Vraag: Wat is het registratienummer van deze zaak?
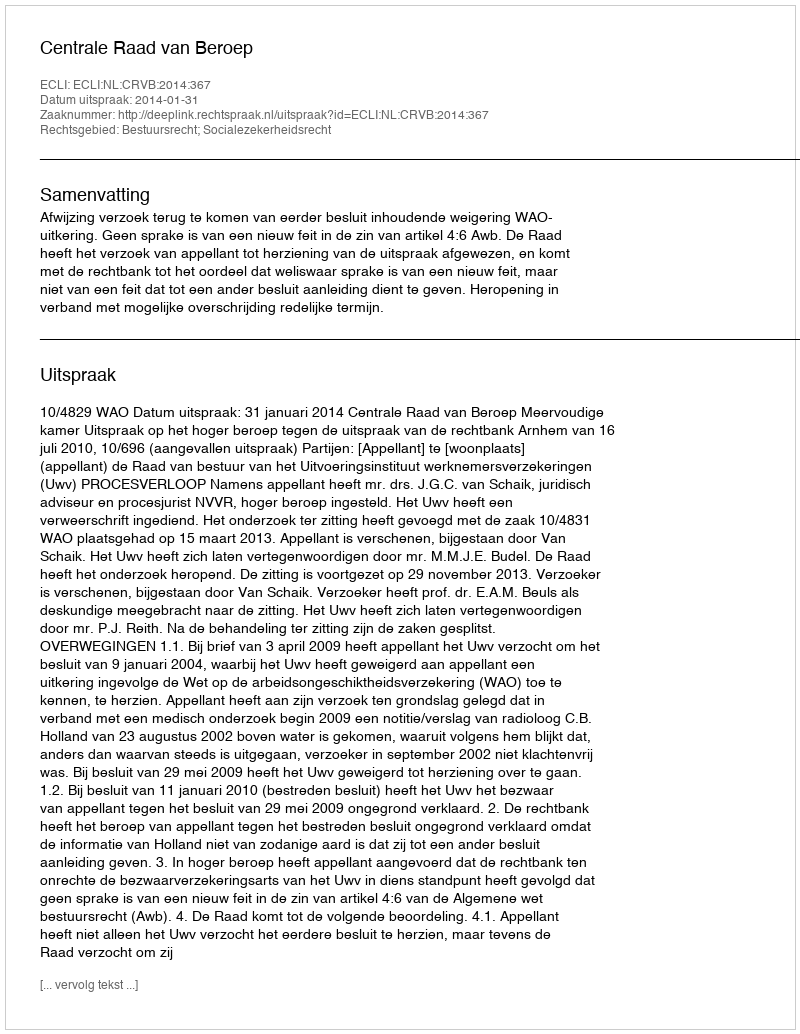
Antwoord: http://deeplink.rechtspraak.nl/uitspraak?id=ECLI:NL:CRVB:2014:367